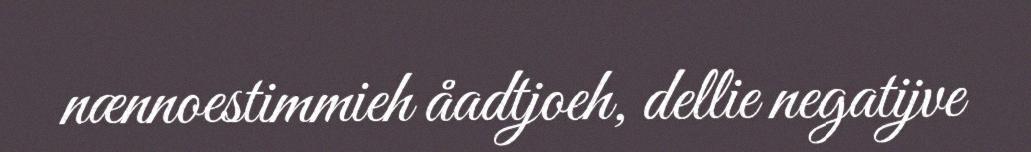
nænnoestimmieh åadtjoeh, dellie negatijve